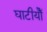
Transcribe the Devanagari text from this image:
घाटीयोँ